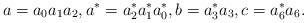
LaTeX: \begin{align*}a=a_0a_1a_2, a^*=a_2^*a_1^* a_0^*, b=a_3^*a_3, c=a_6^*a_6.\end{align*}